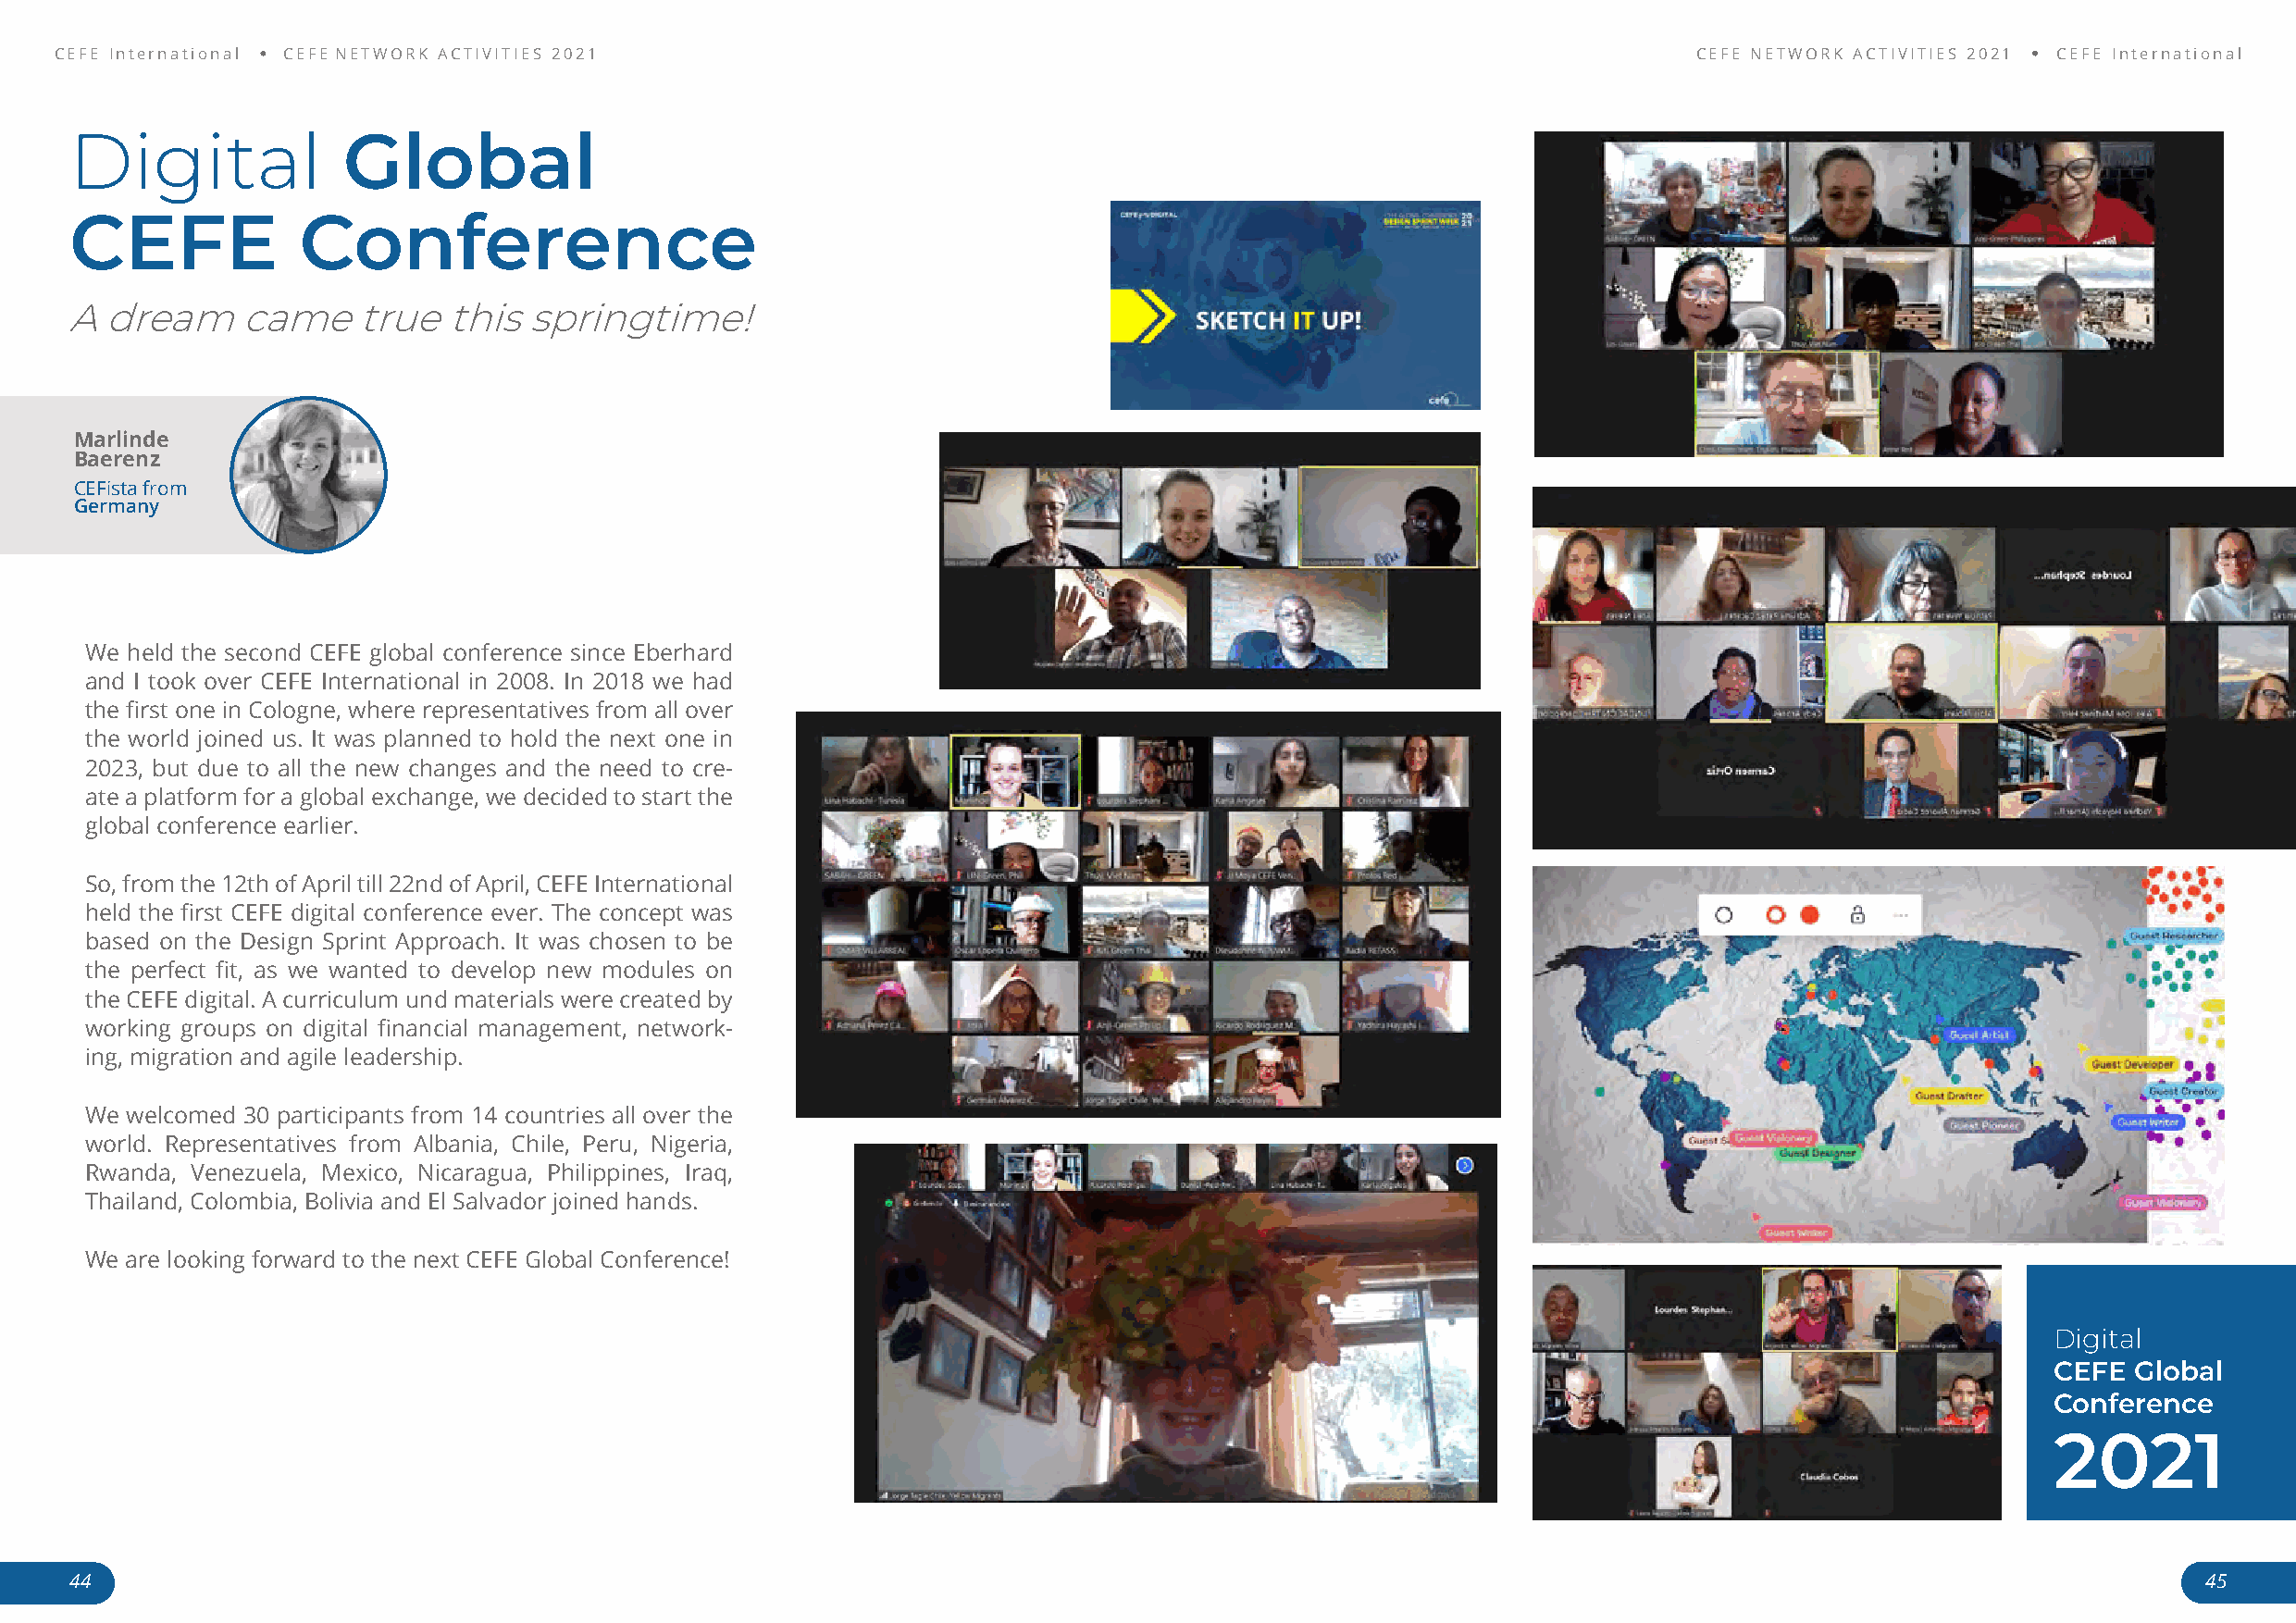
CEFE International CEFE NETWORK ACTIVITIES 2021                                                                      CEFE NETWORK ACTIVITIES 2021 CEFE International
 Digital             Global
 CEFE            Conference
 A dream     came     true  this  springtime!
 Marlinde
 Baerenz
 CEFista from
 Germany
 We held the second CEFE global conference since Eberhard
 and I took over CEFE International in 2008. In 2018 we had
 the first one in Cologne, where representatives from all over
 the world joined us. It was planned to hold the next one in
 2023, but due to all the new changes and the need to cre-
 ate a platform for a global exchange, we decided to start the
 global conference earlier.
 So, from the 12th of April till 22nd of April, CEFE International
 held the first CEFE digital conference ever. The concept was
 based on the Design Sprint Approach. It was chosen to be
 the perfect fit, as we wanted to develop new modules on
 the CEFE digital. A curriculum und materials were created by
 working groups on digital financial management, network-
 ing, migration and agile leadership.
 We welcomed 30 participants from 14 countries all over the
 world. Representatives from Albania, Chile, Peru, Nigeria,
 Rwanda, Venezuela, Mexico, Nicaragua, Philippines, Iraq,
 Thailand, Colombia, Bolivia and El Salvador joined hands.
 We are looking forward to the next CEFE Global Conference!
 Digital
 CEFE  Global
 Conference
 2021
 44                                                                                                                                                       45